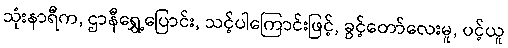
သုံးနာရီက, ဌာနီရွှေ့ပြောင်း, သင့်ပါကြောင်းဖြင့်, ခွင့်တော်လေးမူ, ပင့်ယူ